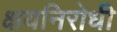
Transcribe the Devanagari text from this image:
क्षयनिरोधी